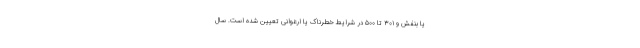
یا بنفش و ۳۰۱ تا ۵۰۰ در شرایط خطرناک یا ارغوانی تعیین شده است. سال